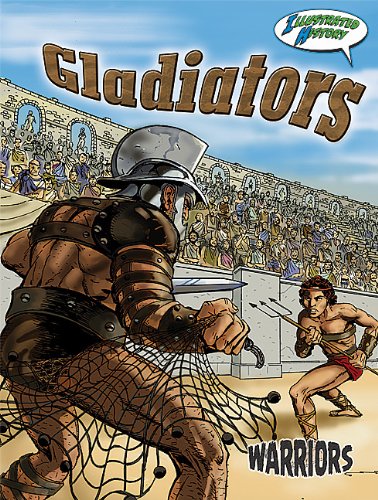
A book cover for Gladiators (Warriors Graphic Illustrated); Joanne Mattern; Children's Books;